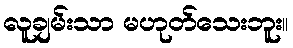
လူချမ်းသာ မဟုတ်သေးဘူး။